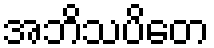
အဘိသပိတေ